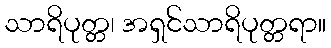
သာရိပုတ္တ၊ အရှင်သာရိပုတ္တရာ။